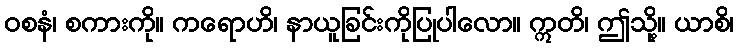
ဝစနံ၊ စကားကို။ ကရောဟိ၊ နာယူခြင်းကိုပြုပါလော။ ဣတိ၊ ဤသို့။ ယာစိ၊